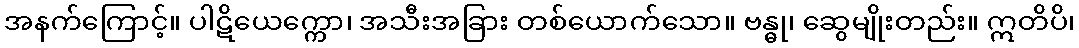
အနက်ကြောင့်။ ပါဋိယေက္ကော၊ အသီးအခြား တစ်ယောက်သော။ ဗန္ဓု၊ ဆွေမျိုးတည်း။ ဣတိပိ၊